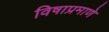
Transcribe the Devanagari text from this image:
विषाप्रमाणे